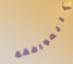
بالموافقة